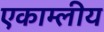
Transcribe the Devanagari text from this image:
एकाम्लीय